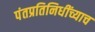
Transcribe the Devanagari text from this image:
पंतप्रतिनिधींच्याच